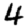
Digit: 4